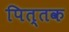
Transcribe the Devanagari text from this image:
पित्तक